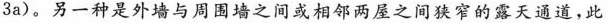
3a)。另一种是外墙与周围墙之间或相邻两屋之间狭窄的露天通道，此